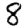
Digit: 8